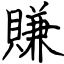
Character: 賺